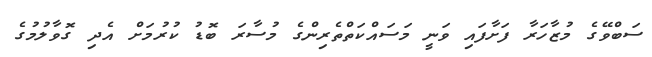
ސަބްވޭގެ މުޒާހަރާ ފަށާފައި ވަނީ މަސައްކަތްތެރިންގެ މުސާރަ ބޮޑު ކުރުމަށް އެދި ގޮވާލުމުގެ